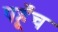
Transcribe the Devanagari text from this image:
पहूँच